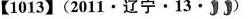
【1013】(2011·辽宁·13·〕